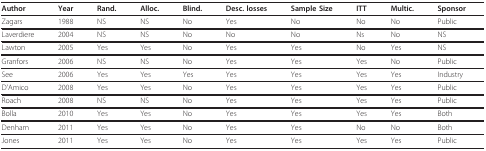
<table><thead><tr><td><b>Author</b></td><td><b>Year</b></td><td><b>Rand.</b></td><td><b>Alloc.</b></td><td><b>Blind.</b></td><td><b>Desc. losses</b></td><td><b>Sample Size </b></td><td><b>ITT</b></td><td><b>Multic.</b></td><td><b>Sponsor</b></td></tr></thead><tbody><tr><td>Zagars</td><td>1988</td><td>NS</td><td>NS</td><td>No</td><td>Yes</td><td>No</td><td>No</td><td>No</td><td>Public</td></tr><tr><td>Laverdiere</td><td>2004</td><td>NS</td><td>NS</td><td>No</td><td>No</td><td>No</td><td>Ns</td><td>No</td><td>NS</td></tr><tr><td>Lawton</td><td>2005</td><td>Yes</td><td>Yes</td><td>No</td><td>Yes</td><td>Yes</td><td>No</td><td>Yes</td><td>NS</td></tr><tr><td>Granfors</td><td>2006</td><td>NS</td><td>NS</td><td>No</td><td>Yes</td><td>Yes</td><td>Yes</td><td>No</td><td>Public</td></tr><tr><td>See</td><td>2006</td><td>Yes</td><td>Yes</td><td>Yes</td><td>Yes</td><td>Yes</td><td>Yes</td><td>Yes</td><td>Industry</td></tr><tr><td>D&#x27;Amico</td><td>2008</td><td>Yes</td><td>Yes</td><td>No</td><td>Yes</td><td>Yes</td><td>Yes</td><td>Yes</td><td>Public</td></tr><tr><td>Roach</td><td>2008</td><td>NS</td><td>NS</td><td>No</td><td>Yes</td><td>Yes</td><td>Yes</td><td>Yes</td><td>Public</td></tr><tr><td>Bolla</td><td>2010</td><td>Yes</td><td>Yes</td><td>No</td><td>Yes</td><td>Yes</td><td>Yes</td><td>Yes</td><td>Both</td></tr><tr><td>Denham</td><td>2011</td><td>Yes</td><td>Yes</td><td>No</td><td>Yes</td><td>Yes</td><td>No</td><td>No</td><td>Both</td></tr><tr><td>Jones</td><td>2011</td><td>Yes</td><td>Yes</td><td>No</td><td>Yes</td><td>Yes</td><td>Yes</td><td>Yes</td><td>Public</td></tr></tbody></table>